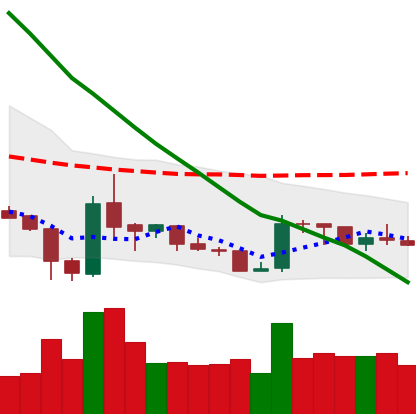
Ticker: XRP-USD
Chart end date: 2019-02-14
Forward return: 7.24%
Label: up_7plus